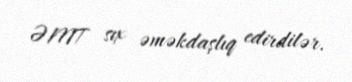
ƏMT sıx əməkdaşlıq edirdilər.